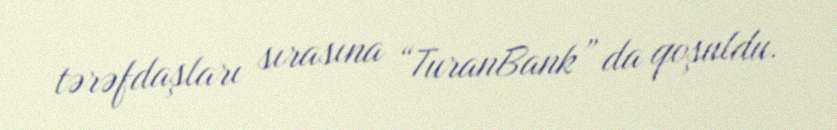
tərəfdaşları sırasına “TuranBank” da qoşuldu.